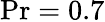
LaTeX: \mathrm{Pr}=0.7